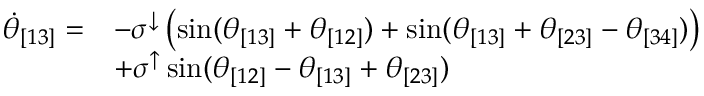
\begin{array} { r l } { \Dot { \theta } _ { [ 1 3 ] } = } & { - \sigma ^ { \downarrow } \left( \sin ( \theta _ { [ 1 3 ] } + \theta _ { [ 1 2 ] } ) + \sin ( \theta _ { [ 1 3 ] } + \theta _ { [ 2 3 ] } - \theta _ { [ 3 4 ] } ) \right) } \\ & { + \sigma ^ { \uparrow } \sin ( \theta _ { [ 1 2 ] } - \theta _ { [ 1 3 ] } + \theta _ { [ 2 3 ] } ) } \end{array}